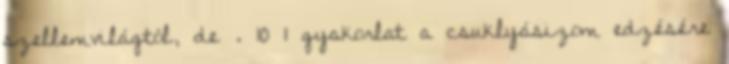
szellemvilágtól, de . 10 1 gyakorlat a csuklyásizom edzésére